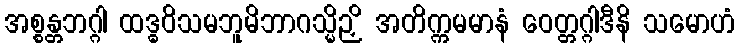
အစ္စန္တဘဂ္ဂါ ထဒ္ဓဝိသမဘူမိဘာဂသ္မိဉှိ အတိက္ကမမာနံ ဝေတ္တဂ္ဂါဒီနိ သမောဟံ